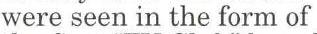
were seen in the form of